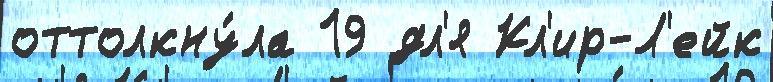
оттолкну́ла 19 дл'я Кл'ир-Л'ейк